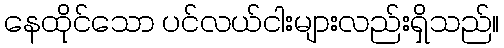
နေထိုင်သော ပင်လယ်ငါးများလည်းရှိသည်။